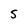
Character: S